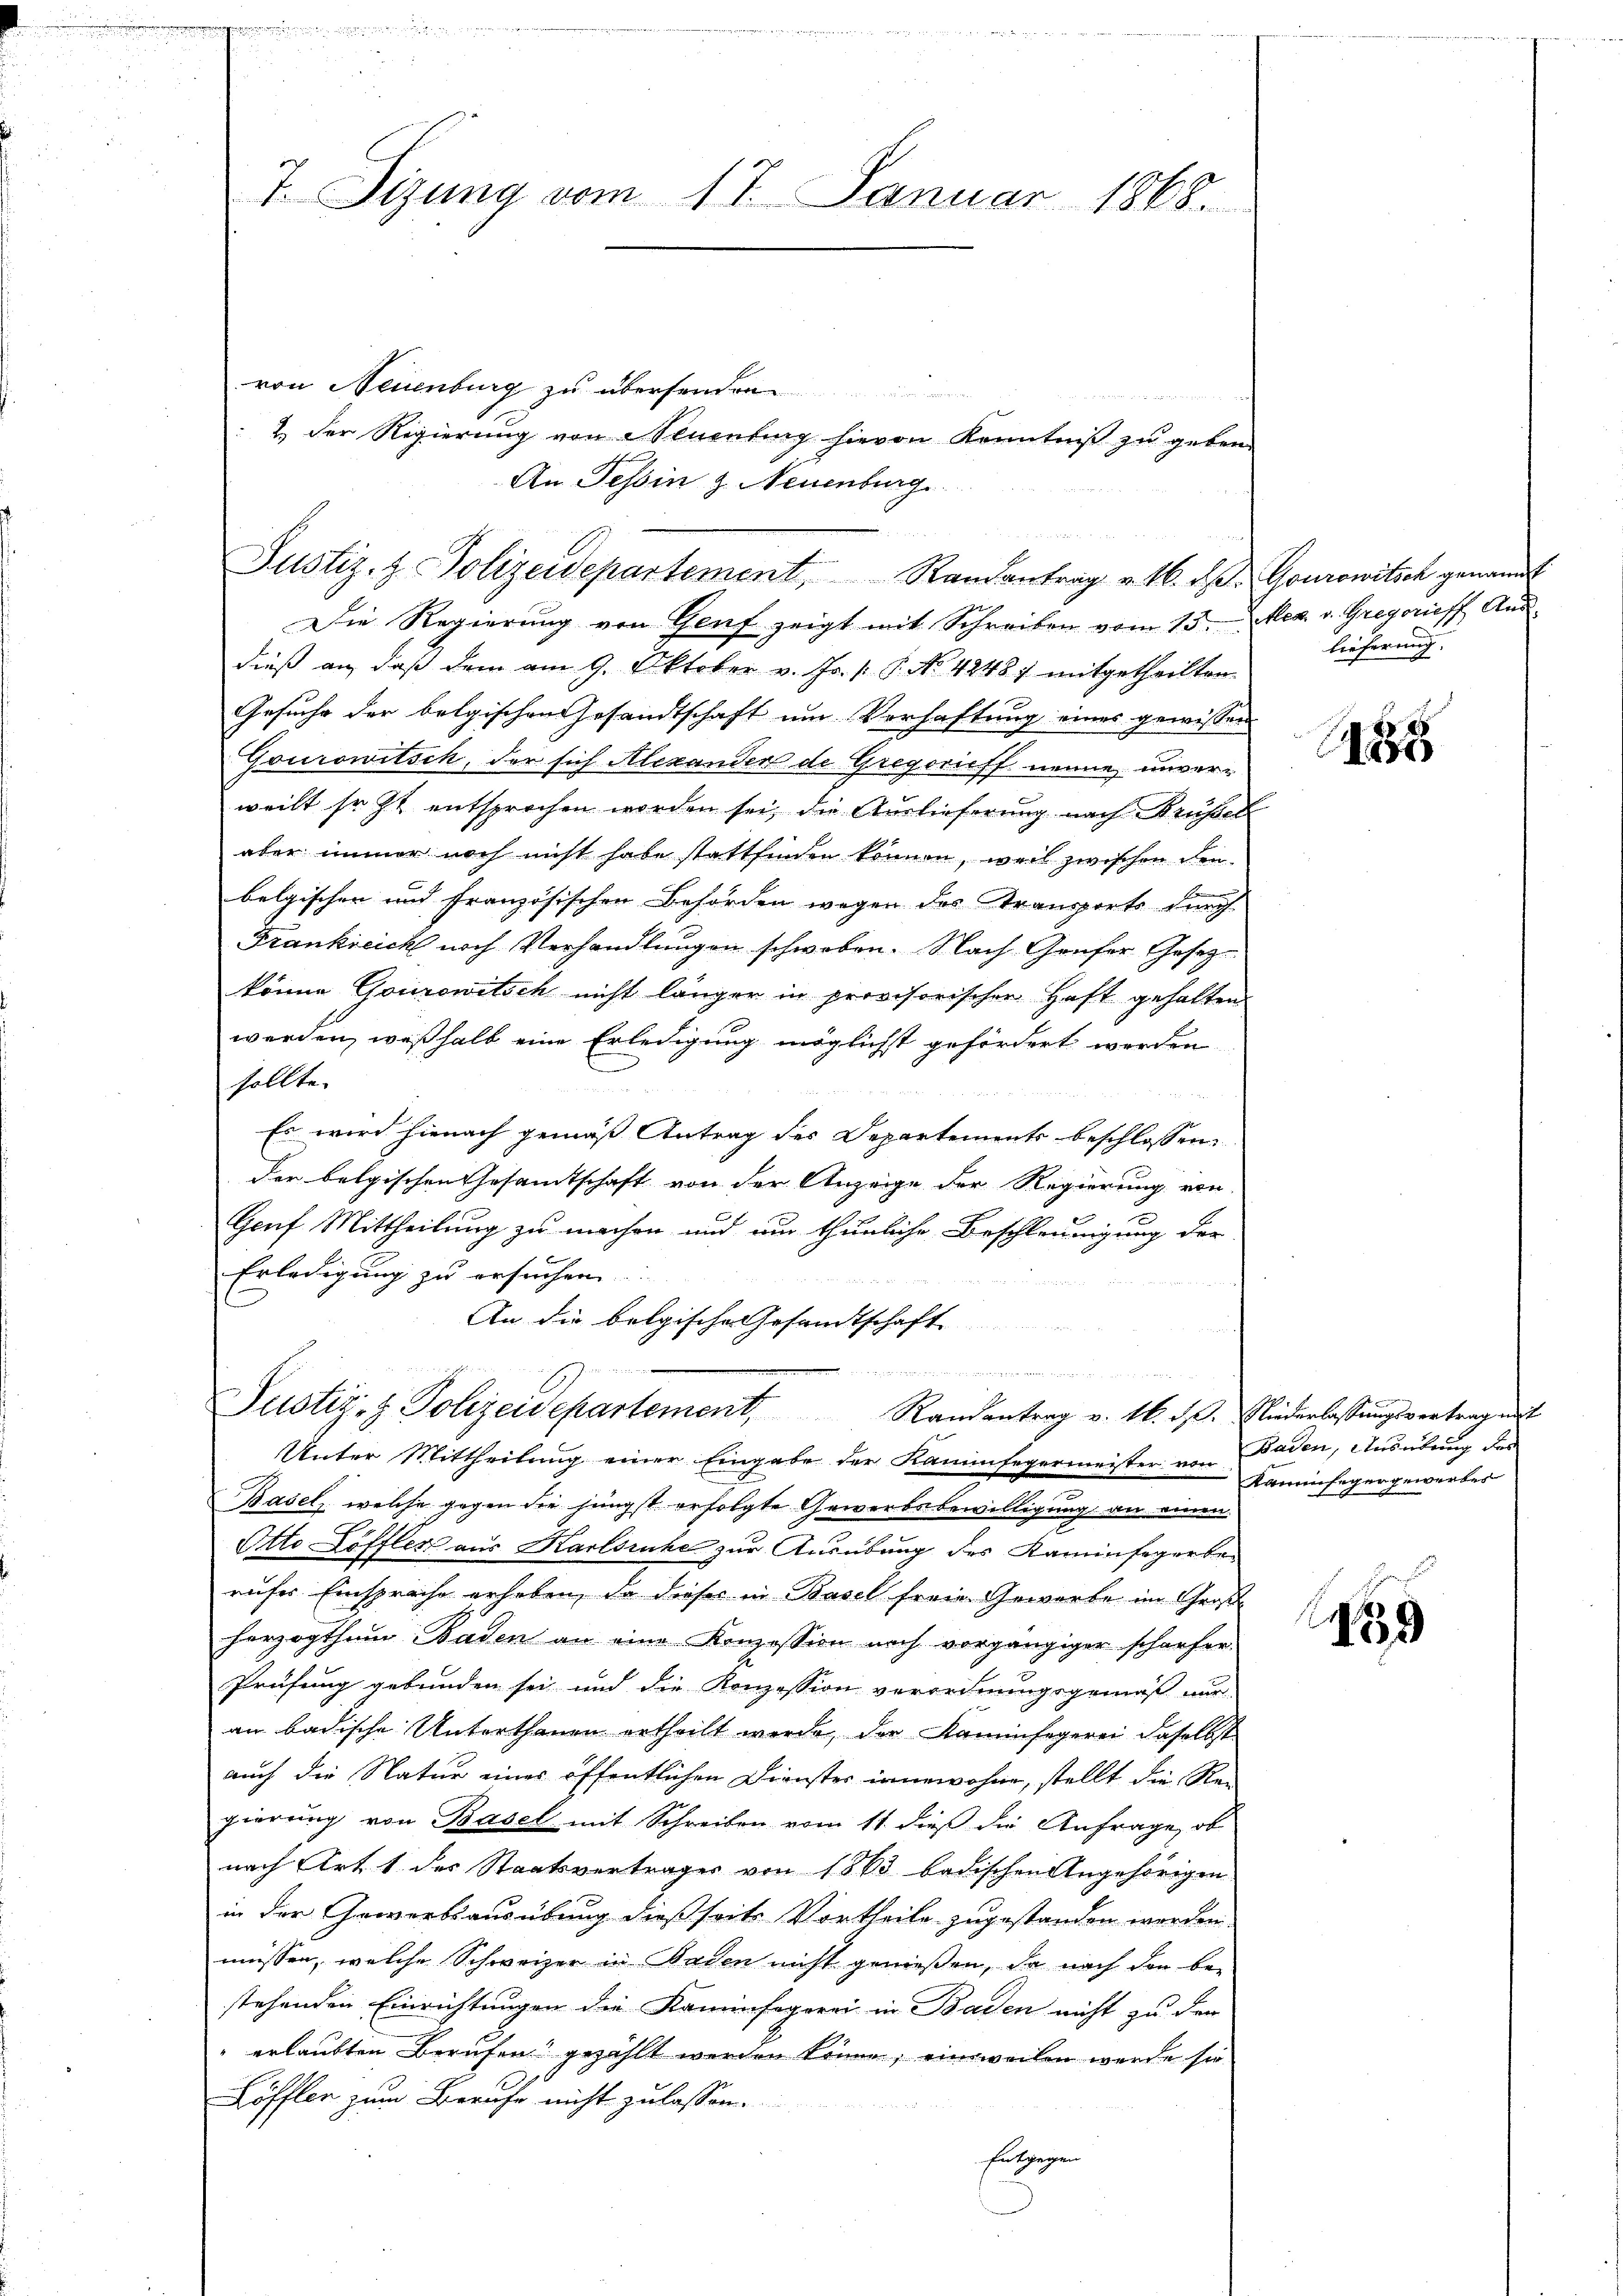
7. Sizung vom 17. Januar 1868.

Justiz- & Polizeidepartement Randantrag v. 16. d. Gourowitsch genannt

von Neuenburg zu übersenden
2. der Regierŭng von 2 Stienting hievon Kenntniβ zŭ geben.
An Tessin z. Neuenburg

Die Regierŭng von Genf zeigt mit Schreiben vom 13. Mea v. Gregorieff Ausdieß an, daß dem am 9. Oktober v. Js. /: P. No 42487 mitgetheilten
Gesuche der belgischen Gesandtschaft um Verhaftung eines gewissen
Gourowitsch, der sich Alexanden de Gregorieff nenne unverweilt so zu entsprochen worden sei, die Auslieferung nach Brüssel
aber immer noch nicht habe stattfinden können, weil zwischen
belgischen und französischen Behörden wegen des Transports durch
Frankreich noch Verhandlungen schweben. Nach Genfer Gesetzkönne Gourowitsch nicht länger in provisorischen Haft gehalten
werden, weßhalb eine Erledigung möglichst gefördert werden
sollte.

Es wird hienach gemäß Antrag der Departements beschlossen:
der belgischen Gesamtschaft von der Anzeige der Regierung von
Geuf Mittheilung zu machen und nur thunliche Beschleunigung der
Erledigung zu ersuchen
An die belgische Gesandtschaft

e
Justiz- & Polizeidepartement, Randantrag v. 16. d.

Unter Mittheilung einer Eingabe der Kaminfegermeister von
Basel, welche gegen die jüngst erfolgte Gewerbsbewilligung an einen
x
Otto Löffler aus Karlsruhe zur Ausübung des Kaminfegerberufes Einsprache erhoben, da dieses in Basel freie Gewerbe im Großherzogthum Baden an eine Konzession nach vorgängiger schärfer-
Prüfung gebunden sei und die Konzession verordnungsgemäß nur
an badische Unterthanen ertheilt werde, der Kaminfegerei daselbst
auch die Natur eines öffentlichen Dienster innewohne, stellt die Rei
gierung von Basel mit Schreiben vom 11. dieß die Anfrage, ob
nach Art. 1 des Staatsvertrages von 1863 badischen Angehörigen
in der Gewerbsausübung dießseits Vortheile zugestanden werden.
müssen, welche Schweizer in Baden nicht genießen, da nach den be-
stehenden Einrichtungen die Kaminfegerei in Baden nicht zu der
" erlaubten Berufen gezählt werden könne, einweilen werde sie
Löffler zum Beruhe nicht zulassen.

Entgegen

lieferung

1288

Niederlassungsvertrag mit
Baden, Ausübung der
Nammfeger gewerbes

459